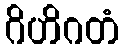
ဂိဟိဂတံ